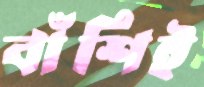
বাঁশিই